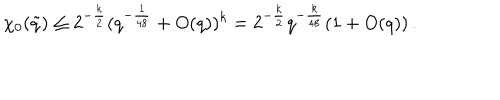
\chi _ { 0 } ( \tilde { q } ) \le 2 ^ { - \frac { k } { 2 } } ( q ^ { - \frac { 1 } { 4 8 } } + O ( q ) ) ^ { k } = 2 ^ { - \frac { k } { 2 } } q ^ { - \frac { k } { 4 8 } } ( 1 + O ( q ) ) \, .